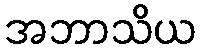
အဘာသိယ